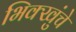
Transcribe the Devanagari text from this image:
भिक्खुंचे